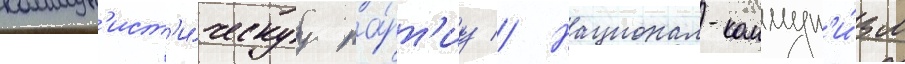
коммун'ист'и́ческуу па́рт'иу // Национал-коммун'и́зм